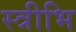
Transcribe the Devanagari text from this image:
स्त्रीभि